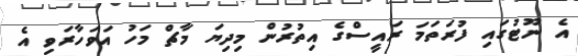
އެ ނޫޓުގައި ފުރަތަމަ ރައީސްގެ އިތުރުން މިދިޔަ މާޗް މަހު އަވަހާރަވި އެ